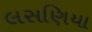
લસણિયા